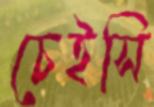
চেইসি